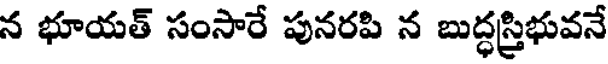
న భూయత్ సంసారే పునరపి న బుద్ధస్త్రిభువనే